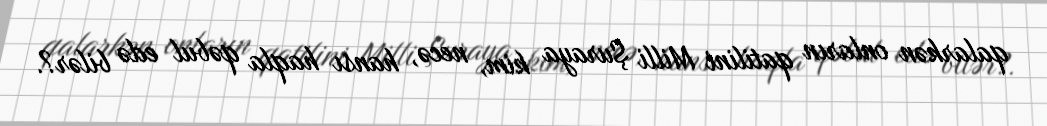
qalarkən onların qatilini Milli Şuraya kim, necə, hansı haqla qəbul edə bilər?.